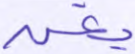
يغن